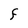
Character: F